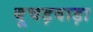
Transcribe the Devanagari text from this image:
बूचड़वाड़ा